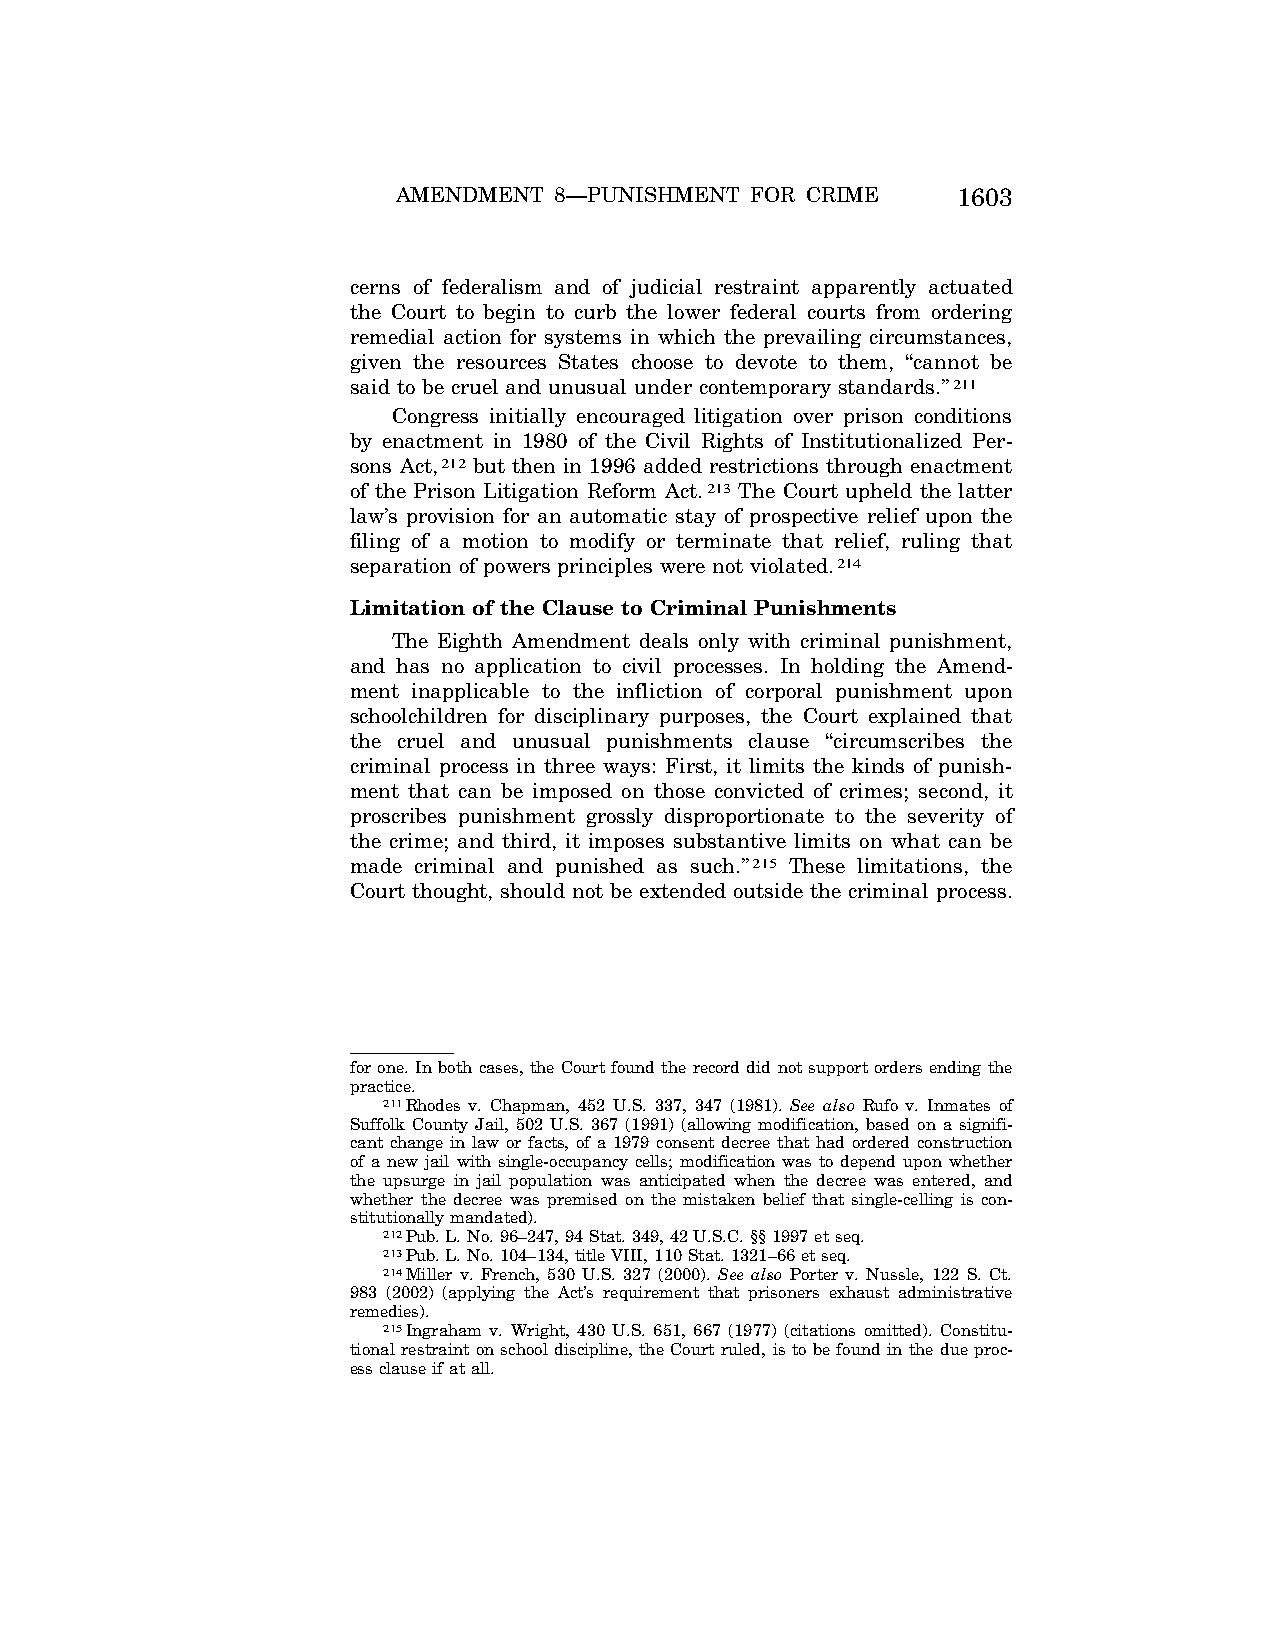
AMENDMENT  8—PUNISHMENT FOR CRIME    1603
 cerns of federalism and of judicial restraint apparently actuated
 the Court to begin to curb the lower federal courts from ordering
 remedial action for systems in which the prevailing circumstances,
 given the resources States choose to devote to them, ‘‘cannot be
 said to be cruel and unusual under contemporary standards.’’211
 Congress initially encouraged litigation over prison conditions
 by enactment in 1980 of the Civil Rights of Institutionalized Per-
 sons Act,212 but then in 1996 added restrictions through enactment
 of the Prison Litigation Reform Act.213 The Court upheld the latter
 law’s provision for an automatic stay of prospective relief upon the
 filing of a motion to modify or terminate that relief, ruling that
 separation of powers principles were not violated.214
 Limitation of the Clause to Criminal Punishments
 The Eighth Amendment deals only with criminal punishment,
 and has no application to civil processes. In holding the Amend-
 ment inapplicable to the infliction of corporal punishment upon
 schoolchildren for disciplinary purposes, the Court explained that
 the cruel and unusual punishments clause ‘‘circumscribes the
 criminal process in three ways: First, it limits the kinds of punish-
 ment that can be imposed on those convicted of crimes; second, it
 proscribes punishment grossly disproportionate to the severity of
 the crime; and third, it imposes substantive limits on what can be
 made criminal and punished as such.’’215 These limitations, the
 Court thought, should not be extended outside the criminal process.
 for one. In both cases, the Court found the record did not support orders ending the
 practice.
 211Rhodes v. Chapman, 452 U.S. 337, 347 (1981). See also Rufo v. Inmates of
 Suffolk County Jail, 502 U.S. 367 (1991) (allowing modification, based on a signifi-
 cant change in law or facts, of a 1979 consent decree that had ordered construction
 of a new jail with single-occupancy cells; modification was to depend upon whether
 the upsurge in jail population was anticipated when the decree was entered, and
 whether the decree was premised on the mistaken belief that single-celling is con-
 stitutionally mandated).
 212Pub. L. No. 96–247, 94 Stat. 349, 42 U.S.C. §§ 1997 et seq.
 213Pub. L. No. 104–134, title VIII, 110 Stat. 1321–66 et seq.
 214Miller v. French, 530 U.S. 327 (2000). See also Porter v. Nussle, 122 S. Ct.
 983 (2002) (applying the Act’s requirement that prisoners exhaust administrative
 remedies).
 215Ingraham v. Wright, 430 U.S. 651, 667 (1977) (citations omitted). Constitu-
 tional restraint on school discipline, the Court ruled, is to be found in the due proc-
 ess clause if at all.
 VerDate Apr<15>2004 11:08 Jun 25, 2004 Jkt 077500 PO 00000 Frm 00039 Fmt 8222 Sfmt 8222 C:\CONAN\CON036.SGM PRFM99 PsN: CON036